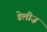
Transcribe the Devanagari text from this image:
डेलीज़